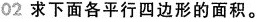
02求下面各平行四边形的面积。